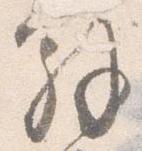
解